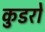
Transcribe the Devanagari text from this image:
कुडरो